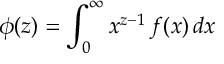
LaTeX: \phi ( z ) = \int _ { 0 } ^ { \infty } x ^ { z - 1 } \, f ( x ) \, d x